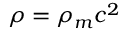
\rho = \rho _ { m } c ^ { 2 }